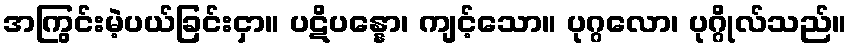
အကြွင်းမဲ့ပယ်ခြင်းငှာ။ ပဋိပန္နော၊ ကျင့်သော။ ပုဂ္ဂလော၊ ပုဂ္ဂိုလ်သည်။